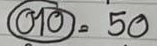
(010) = 50